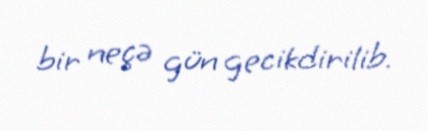
bir neçə gün gecikdirilib.